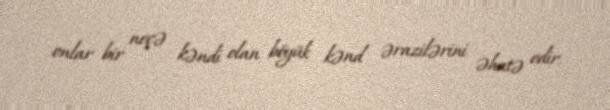
onlar bir neçə kəndi olan böyük kənd ərazilərini əhatə edir.